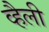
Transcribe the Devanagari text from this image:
व्हैली